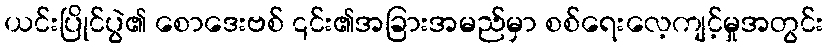
ယင်းပြိုင်ပွဲ၏ စောဒေးဗစ် ၎င်း၏အခြားအမည်မှာ စစ်ရေးလေ့ကျင့်မှုအတွင်း